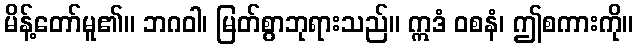
မိန့်တော်မူ၏။ ဘဂဝါ၊ မြတ်စွာဘုရားသည်။ ဣဒံ ဝစနံ၊ ဤစကားကို။